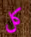
كل